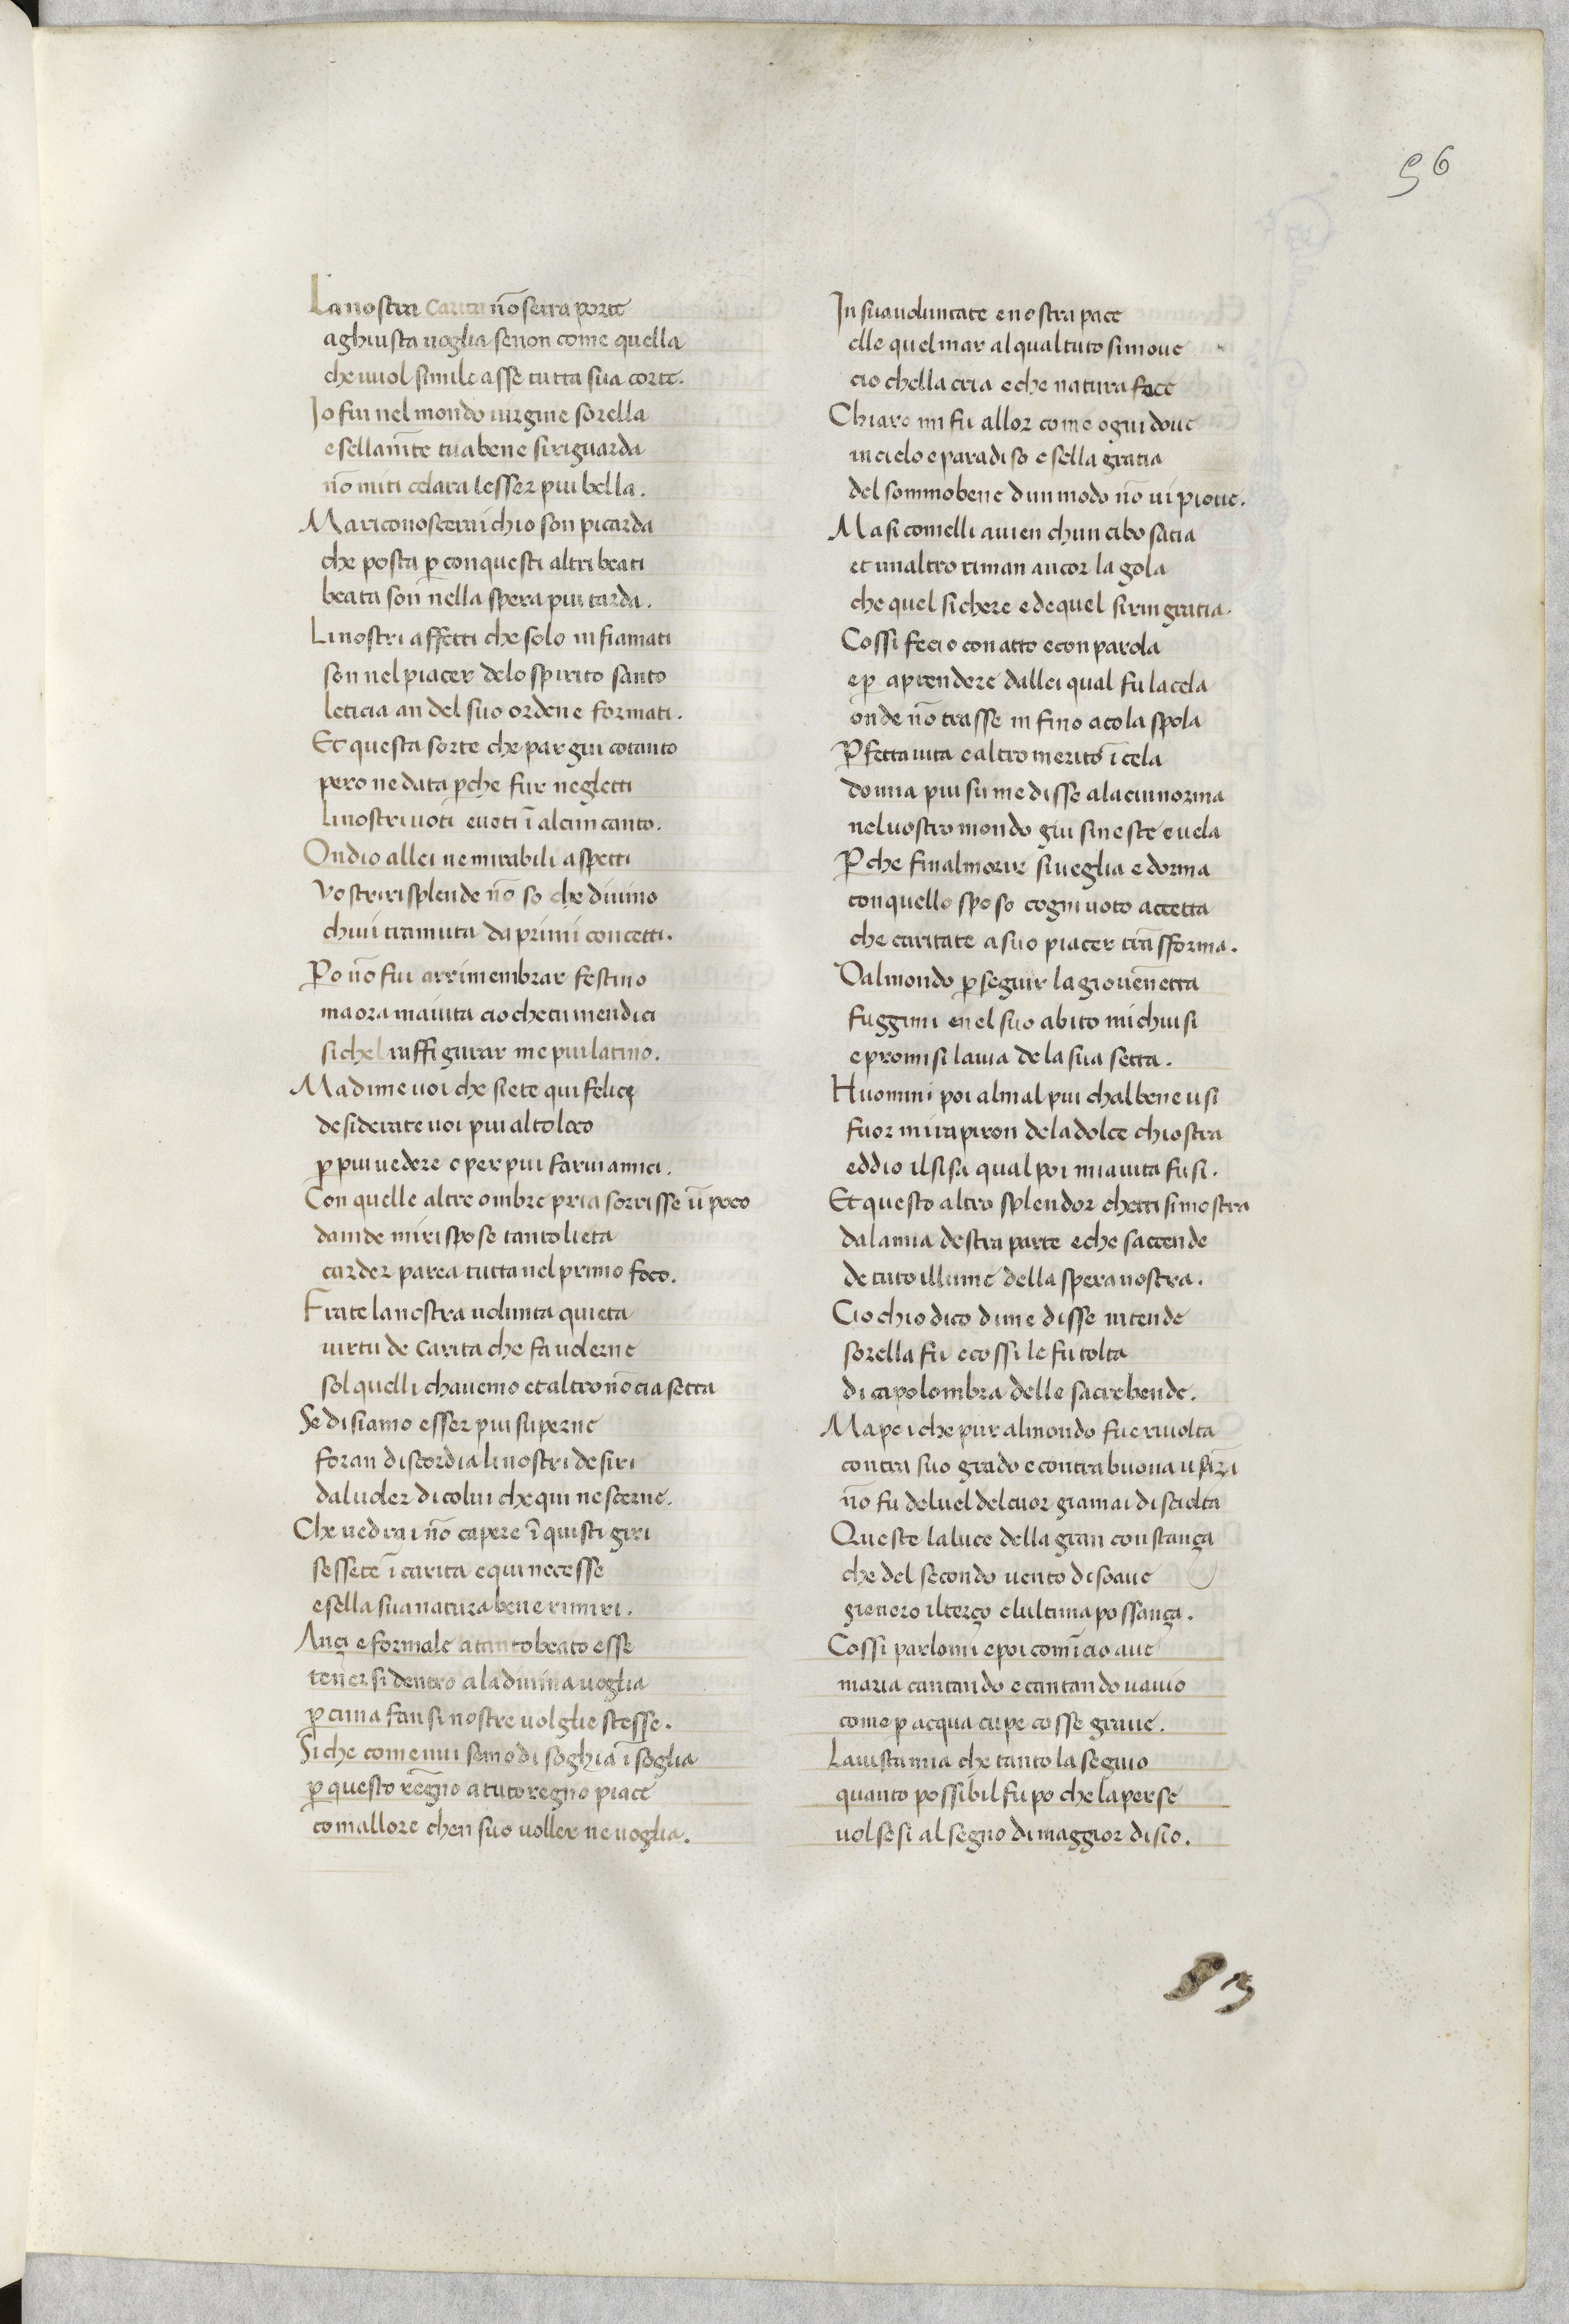
Shelfmark: Paris, BnF, ita. 79
Century: 14